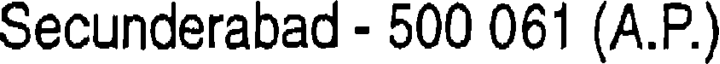
Secunderabad - 500 061 (A.P.)